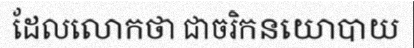
ដែលលោកថា ជាចរិកនយោបាយ